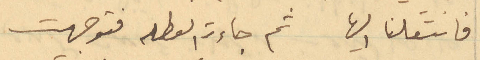
فانتقلنا اليها. ثم جاءت العطلة فتوجهت